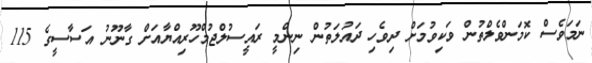
ނަމަވެސް ކޮމަންވެލްތުން ވަކިވުމަށް ދިވެހި ދައުލަތުން ނިންމީ ރައީސުލްޖުމްހޫރިއްޔާއަށް ގާނޫނު އަސާސީގެ 115